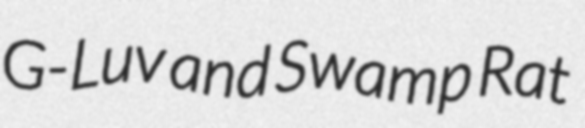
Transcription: G-Luv and Swamp Rat